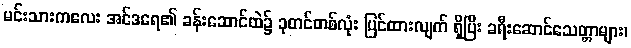
မင်းသားကလေး အင်ဒရေ၏ ခန်းဆောင်ထဲ၌ ခုတင်တစ်လုံး ပြင်ထားလျက် ရှိပြီး ခရီးဆောင်သေတ္တာများ၊